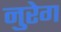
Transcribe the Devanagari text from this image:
नुरेग